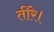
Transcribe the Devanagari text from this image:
तीरे।